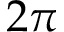
2 \pi